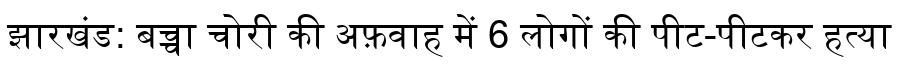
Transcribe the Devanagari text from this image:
झारखंड: बच्चा चोरी की अफ़वाह में 6 लोगों की पीट-पीटकर हत्या